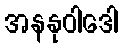
အနနုဝါဒေါ